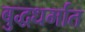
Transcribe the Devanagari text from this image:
बुद्धधर्मात